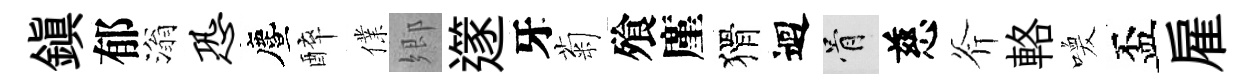
鎭郁滃恐󵨌醉㒒郷𨗹牙菊飱廑猾迴骨慈斧輅喚盃雇